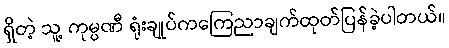
ရှိတဲ့ သူ့ ကုမ္ပဏီ ရုံးချုပ်ကကြေညာချက်ထုတ်ပြန်ခဲ့ပါတယ်။